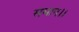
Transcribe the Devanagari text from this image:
समान।।